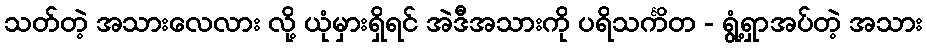
သတ်တဲ့ အသားလေလား လို့ ယုံမှားရှိရင် အဲဒီအသားကို ပရိသင်္ကိတ - ရွံ့ရှာအပ်တဲ့ အသား